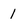
Character: 1